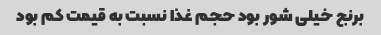
برنج خیلی شور بود حجم غذا نسبت به قیمت کم بود